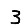
Digit: 3